Annual report of the Imperial Bacteriological Laboratory, Muktesar
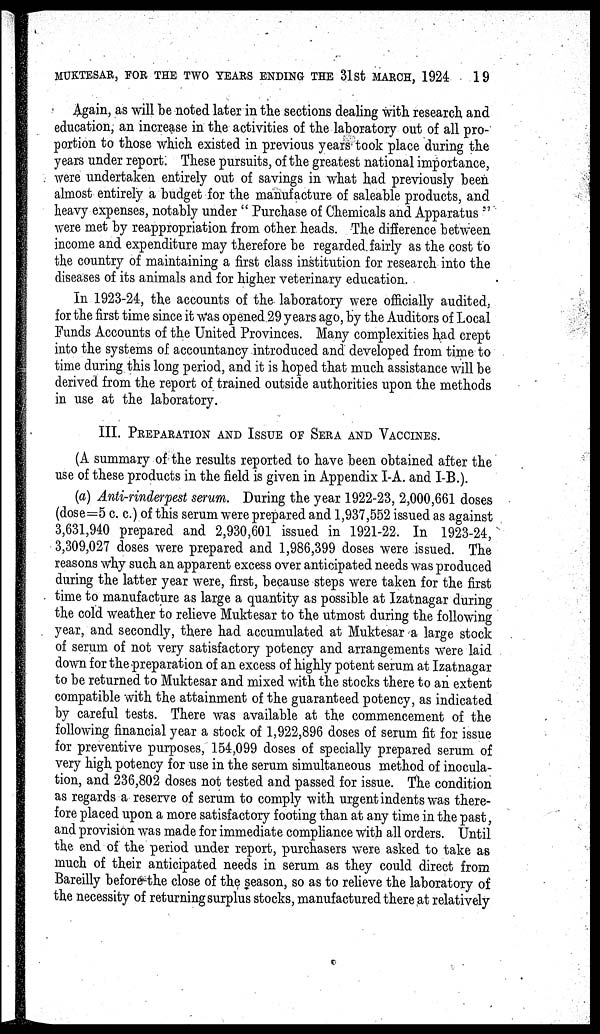
MUKTESAR, FOR THE TWO YEARS ENDING THE 31st MARCH, 1924
19
Again, as will be noted later in the sections dealing with research and
education, an increase in the activities of the laboratory out of all pro-
portion to those which existed in previous years took place during the
years under report. These pursuits, of the greatest national importance,
were undertaken entirely out of savings in what had previously been
almost entirely a budget for the manufacture of saleable products, and
heavy expenses, notably under " Purchase of Chemicals and Apparatus
were met by reappropriation from other heads. The difference between
income and expenditure may therefore be regarded fairly as the cost to
the country of maintaining a first class institution for research into the
diseases of its animals and for higher veterinary education.
In 1923-24, the accounts of the laboratory were officially audited,
for the first time since it was opened 29 years ago, by the Auditors of Local
Funds Accounts of the United Provinces. Many complexities had crept
into the systems of accountancy introduced and developed from time to
time during this long period, and it is hoped that much assistance will be
derived from the report of trained outside authorities upon the methods
in use at the laboratory.
III. PREPARATION AND ISSUE OF SERA AND VACCINES.
(A summary of the results reported to have been obtained after the
use of these products in the field is given in Appendix I-A. and I-B.).
(a) Anti-rinderpest serum. During the year 1922-23, 2,000,661 doses
(dose=5 c. c.) of this serum were prepared and 1,937,552 issued as against
3,631,940 prepared and 2,930,601 issued in 1921-22. In 1923-24,
3,309,027 doses were prepared and 1,986,399 doses were issued. The
reasons why such an apparent excess over anticipated needs was produced
during the latter year were, first, because steps were taken for the first
time to manufacture as large a quantity as possible at Izatnagar during
the cold weather to relieve Muktesar to the utmost during the following
year, and secondly, there had accumulated at Muktesar a large stock
of serum of not very satisfactory potency and arrangements were laid
down for the preparation of an excess of highly potent serum at Izatnagar
to be returned to Muktesar and mixed with the stocks there to an extent
compatible with the attainment of the guaranteed potency, as indicated
by careful tests. There was available at the commencement of the
following financial year a stock of 1,922,896 doses of serum fit for issue
for preventive purposes, 154,099 doses of specially prepared serum of
very high potency for use in the serum simultaneous method of inocula-
tion, and 236,802 doses not tested and passed for issue. The condition
as regards a reserve of serum to comply with urgent indents was there-
fore placed upon a more satisfactory footing than at any time in the past,
and provision was made for immediate compliance with all orders. Until
the end of the period under report, purchasers were asked to take as
much of their anticipated needs in serum as they could direct from
Bareilly before the close of the season, so as to relieve the laboratory of
the necessity of returning surplus stocks, manufactured there at relatively